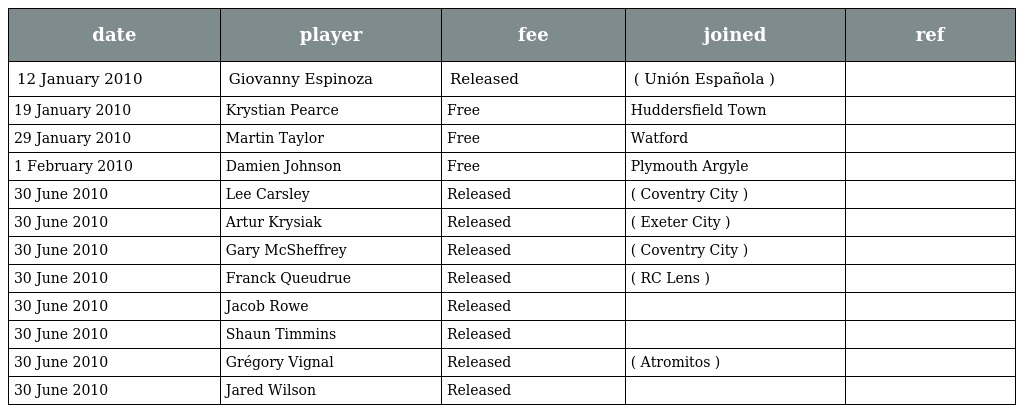
| date | player | fee | joined | ref |
 | --- | --- | --- | --- | --- |
 | 12 January 2010 | Giovanny Espinoza | Released | ( Unión Española ) |  |
 | 19 January 2010 | Krystian Pearce | Free | Huddersfield Town |  |
 | 29 January 2010 | Martin Taylor | Free | Watford |  |
 | 1 February 2010 | Damien Johnson | Free | Plymouth Argyle |  |
 | 30 June 2010 | Lee Carsley | Released | ( Coventry City ) |  |
 | 30 June 2010 | Artur Krysiak | Released | ( Exeter City ) |  |
 | 30 June 2010 | Gary McSheffrey | Released | ( Coventry City ) |  |
 | 30 June 2010 | Franck Queudrue | Released | ( RC Lens ) |  |
 | 30 June 2010 | Jacob Rowe | Released |  |  |
 | 30 June 2010 | Shaun Timmins | Released |  |  |
 | 30 June 2010 | Grégory Vignal | Released | ( Atromitos ) |  |
 | 30 June 2010 | Jared Wilson | Released |  |  |